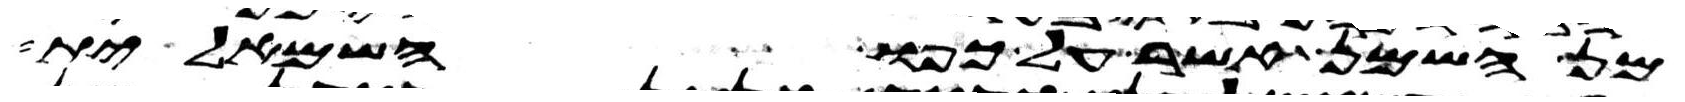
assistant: מן השמן אשר על כפו השמאלית